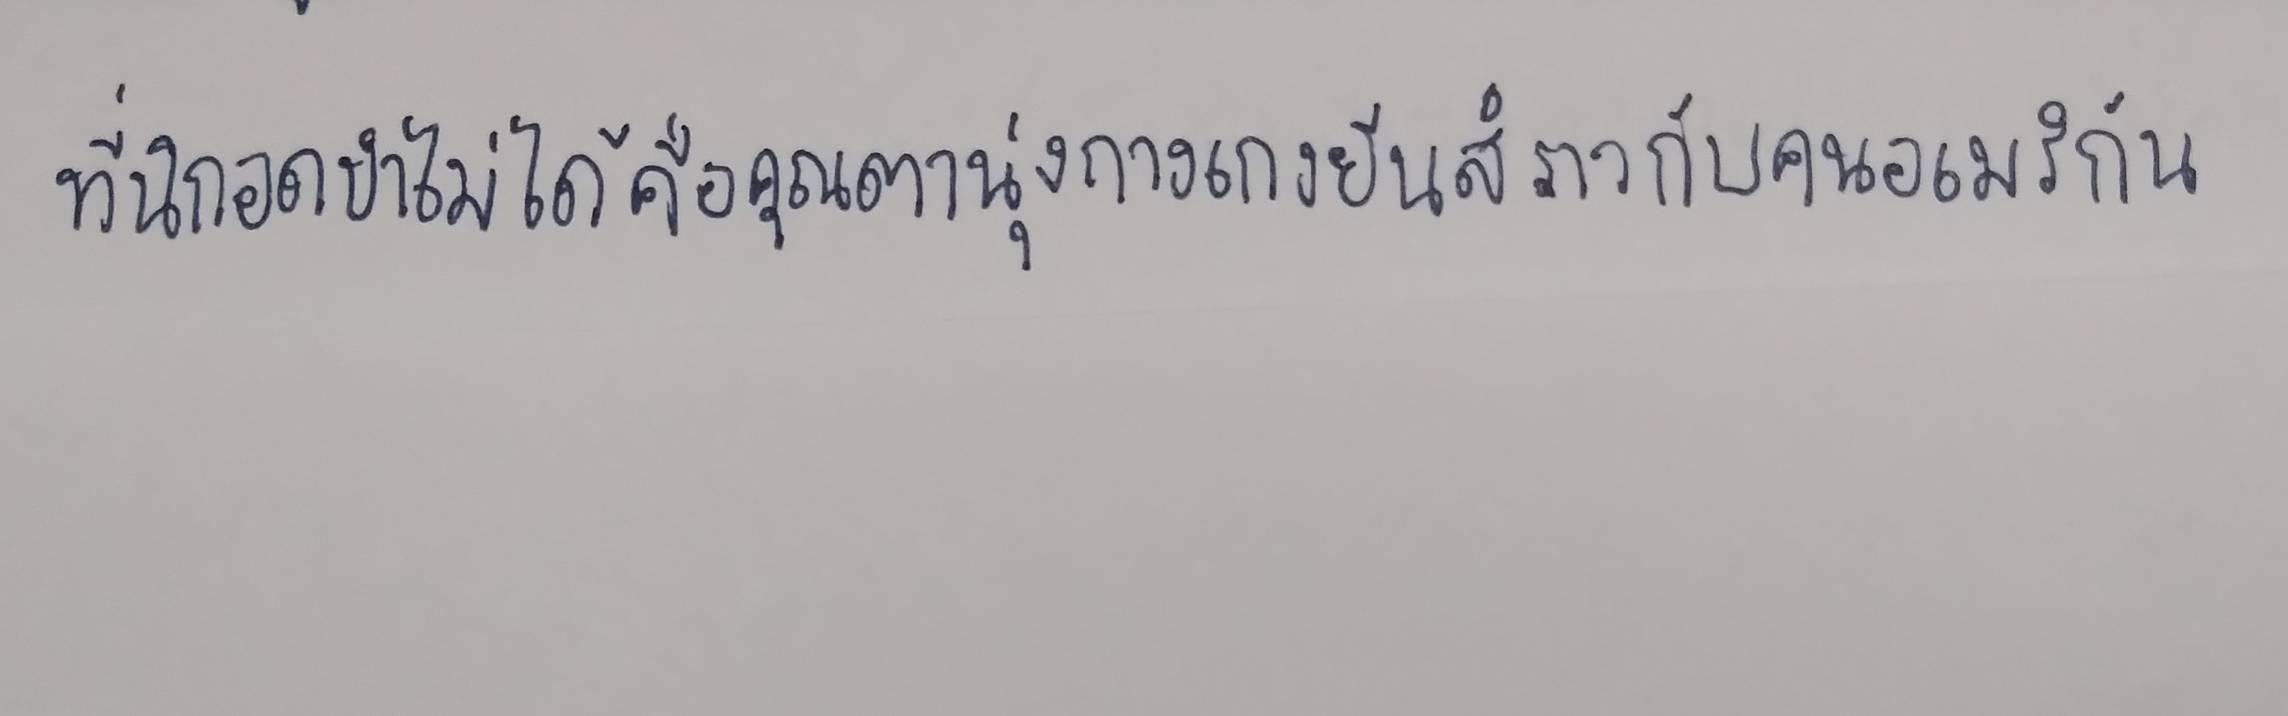
ที่นิกอดขำไม่ได้คือคุณตานุ่งกางเกงยีนส์ราวกับคนอเมริกัน